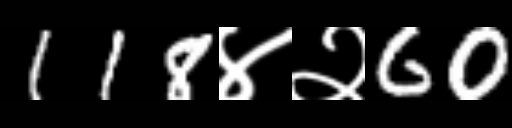
Text: 118४२60